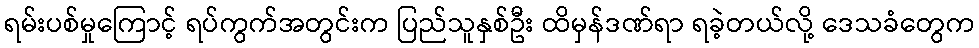
ရမ်းပစ်မှုကြောင့် ရပ်ကွက်အတွင်းက ပြည်သူနှစ်ဦး ထိမှန်ဒဏ်ရာ ရခဲ့တယ်လို့ ဒေသခံတွေက